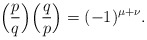
\begin{align*} \Big( \frac pq \Big) \Big( \frac qp \Big) = (-1)^{\mu + \nu}.\end{align*}